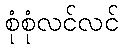
စုံစုံလင်လင်